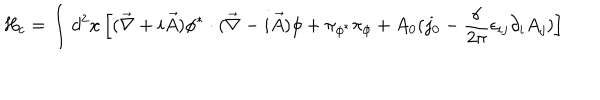
H _ { c } = \int d ^ { 2 } x \left[ ( { \vec { \nabla } } + i { \vec { A } } ) \phi ^ { * } \cdot ( { \vec { \nabla } } - i { \vec { A } } ) \phi + \pi _ { \phi ^ { * } } \pi _ { \phi } + A _ { 0 } ( j _ { 0 } - \frac { \alpha } { 2 \pi } \epsilon _ { i j } \partial _ { i } A _ { j } ) \right]